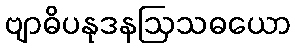
ဗျာဓိပနုဒနဩသဓယော